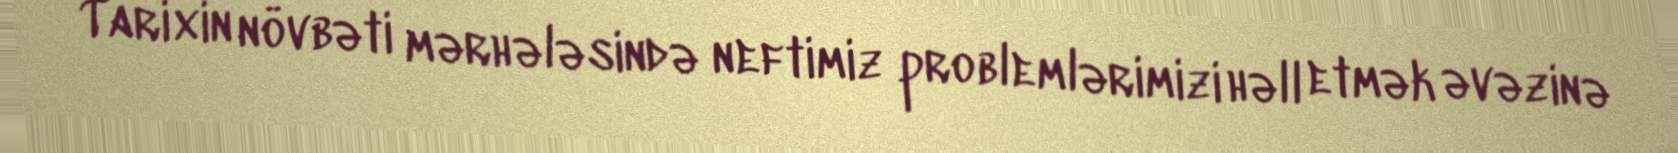
Tarixin növbəti mərhələsində neftimiz problemlərimizi həll etmək əvəzinə